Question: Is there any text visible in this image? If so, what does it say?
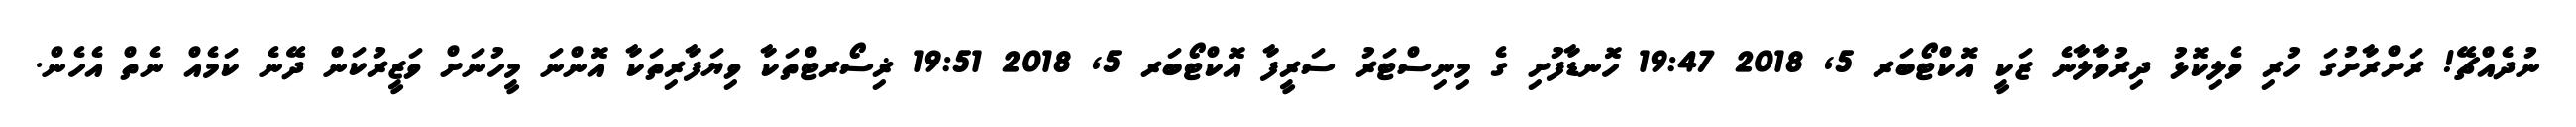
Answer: ނުދެއްޗޭ! ރަށްރާށުގަ ހުރި ވެލިކޮޅު ދިރުވާލާނެ ޒަކީ އޮކްޓޯބަރ 5, 2018 19:47 ހޮނޑާފުށި ގެ މިނިސްޓަރު ސަރީފާ އޮކްޓޯބަރ 5, 2018 19:51 ޜިސޯރޓްތަކާ ވިޔަފާރިތަކާ އޮންނަ މީހުނަށް ވަޒީރުކަން ދޭނެ ކަމެއް ނެތް އެހެން.